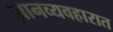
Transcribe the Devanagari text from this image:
ज्ञानव्यवहारात